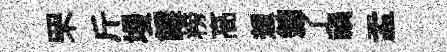
罘斤墁餱榜高想錦了禍盂